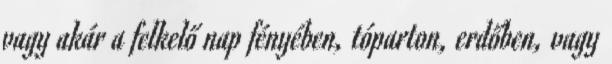
vagy akár a felkelő nap fényében, tóparton, erdőben, vagy